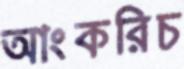
আংকরিচ